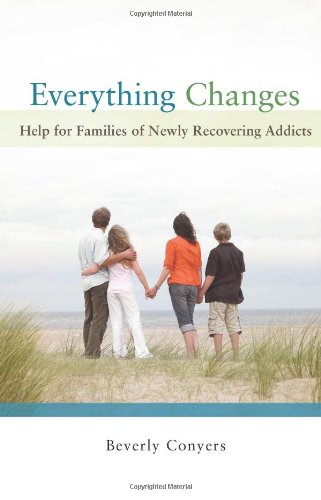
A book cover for Everything Changes: Help for Families of Newly Recovering Addicts; Beverly Conyers; Health, Fitness & Dieting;